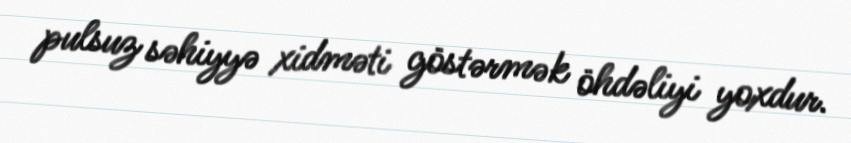
pulsuz səhiyyə xidməti göstərmək öhdəliyi yoxdur.